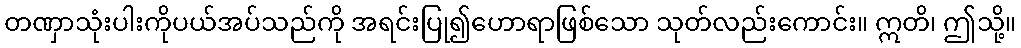
တဏှာသုံးပါးကိုပယ်အပ်သည်ကို အရင်းပြု၍ဟောရာဖြစ်သော သုတ်လည်းကောင်း။ ဣတိ၊ ဤသို့။